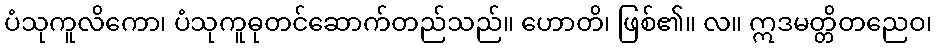
ပံသုကူလိကော၊ ပံသုကူဓုတင်ဆောက်တည်သည်။ ဟောတိ၊ ဖြစ်၏။ လ။ ဣဒမတ္တိတညေဝ၊